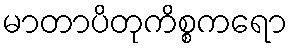
မာတာပိတုကိစ္စကရော